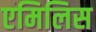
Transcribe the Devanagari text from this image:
एमिलिस